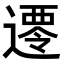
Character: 𮟀